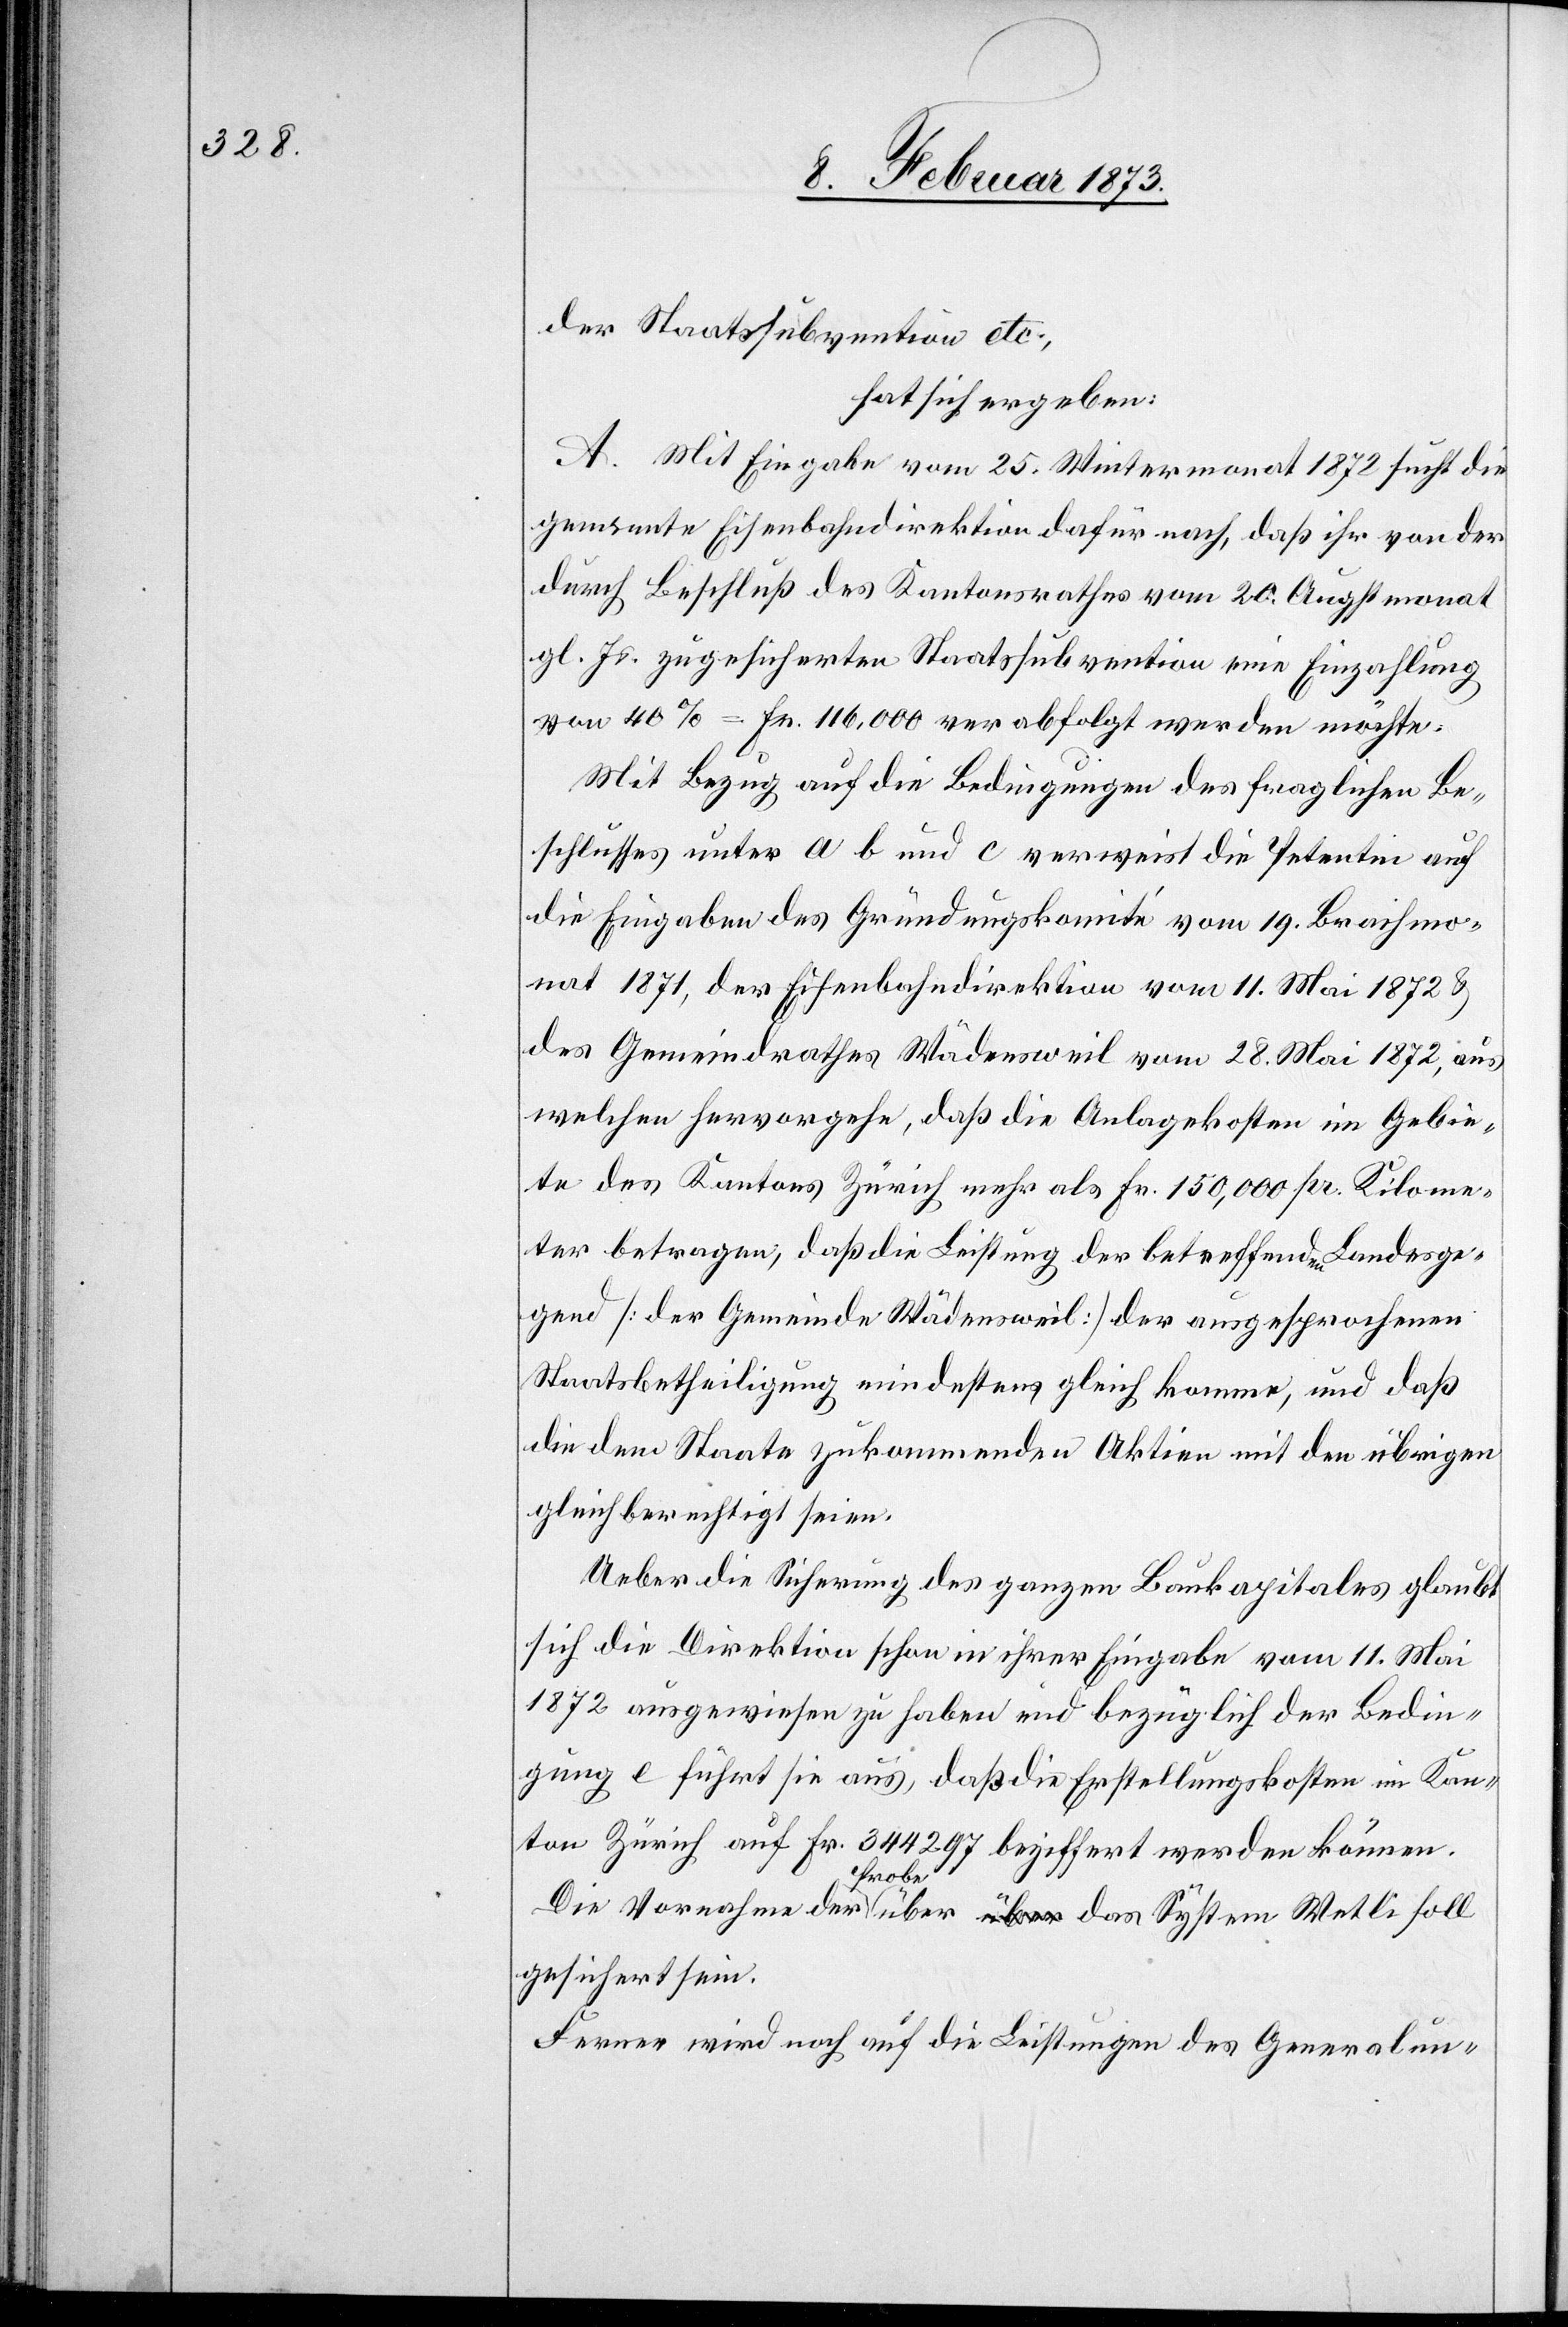
der Staatssubvention etc.
hat sich ergeben:
A. Mit Eingabe vom 25. Wintermonat 1872 sucht die
genannte Eisenbahndirektion dafür nach, daß ihr von der
durch Beschluß des Kantonsrathes vom 20. Augstmonat
gl. Js. zugesicherten Staatssubvention eine Einzahlung
von 40% = Fr. 116,000 verabfolgt werden möchte.
Mit Bezug auf die Bedingungen des fraglichen Be¬
schlusses unter a[,] b und c verweist die Petentin auf
die Eingaben des Gründungskomité vom 19. Brachmo¬
nat 1871, der Eisenbahndirektion vom 11. Mai 1872 u.
des Gemeindrathes Wädensweil vom 28. Mai 1872, aus
welchen hervorgehe, daß die Anlagekosten im Gebie¬
te des Kantons Zürich mehr als Fr. 150,000 pro Kilome¬
ter betragen; daß die Leistung der betreffenden Landesge¬
gend [der Gemeinde Wädensweil] der ausgesprochenen
Staatsbetheiligung mindestens gleich komme, und daß
die dem Staate zukommenden Aktien mit den übrigen
gleich berechtigt seien.
Ueber die Sicherung des ganzen Baukapitales glaubt
sich die Direktion schon in ihrer Eingabe vom 11. Mai
1872 ausgewiesen zu haben und bezüglich der Bedin¬
gung c führt sie auf, daß die Erstellungskosten im Kan¬
ton Zürich auf Fr. 344 297 beziffert werden können.
Die Vornahme der Probe über das System Wetli soll
gesichert sein.
Ferner wird noch auf die Leistungen des Generalun-